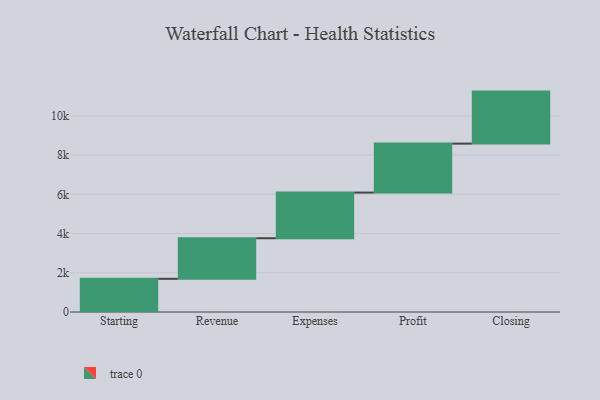
{"axis": {"x": "Step", "y": "Value"}, "legend": [""], "data": [{"x": "Starting", "y": 1692.0, "type": ""}, {"x": "Revenue", "y": 2068.0, "type": ""}, {"x": "Expenses", "y": 2328.0, "type": ""}, {"x": "Profit", "y": 2495.0, "type": ""}, {"x": "Closing", "y": 2652.0, "type": ""}]}